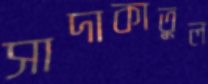
সাদাকাতুল